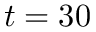
t = 3 0